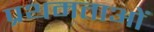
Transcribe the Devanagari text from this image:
प्रथमताओं